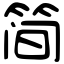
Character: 简